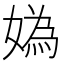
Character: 媯